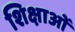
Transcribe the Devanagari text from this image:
शिक्षाआें